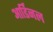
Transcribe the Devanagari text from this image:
आर्डिनल